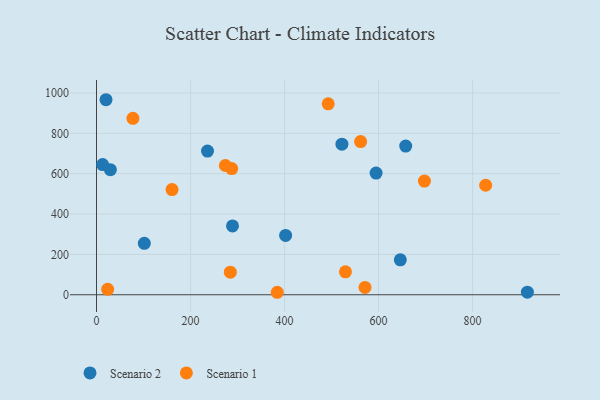
{"axis": {"x": "Distance", "y": "Rating"}, "legend": ["Scenario 1", "Scenario 2"], "data": [{"x": "657.8", "y": 737.0, "type": "Scenario 2"}, {"x": "289.3", "y": 341.3, "type": "Scenario 2"}, {"x": "916.6", "y": 12.9, "type": "Scenario 2"}, {"x": "236.1", "y": 712.3, "type": "Scenario 2"}, {"x": "29.5", "y": 619.8, "type": "Scenario 2"}, {"x": "13.0", "y": 645.2, "type": "Scenario 2"}, {"x": "522.1", "y": 746.5, "type": "Scenario 2"}, {"x": "594.7", "y": 603.2, "type": "Scenario 2"}, {"x": "20.2", "y": 966.7, "type": "Scenario 2"}, {"x": "402.3", "y": 294.0, "type": "Scenario 2"}, {"x": "646.3", "y": 172.9, "type": "Scenario 2"}, {"x": "101.7", "y": 254.7, "type": "Scenario 2"}, {"x": "284.7", "y": 112.0, "type": "Scenario 1"}, {"x": "529.6", "y": 113.6, "type": "Scenario 1"}, {"x": "23.7", "y": 26.8, "type": "Scenario 1"}, {"x": "571.2", "y": 36.5, "type": "Scenario 1"}, {"x": "77.5", "y": 874.7, "type": "Scenario 1"}, {"x": "160.7", "y": 521.2, "type": "Scenario 1"}, {"x": "274.1", "y": 640.8, "type": "Scenario 1"}, {"x": "827.9", "y": 542.9, "type": "Scenario 1"}, {"x": "697.6", "y": 563.7, "type": "Scenario 1"}, {"x": "492.9", "y": 946.3, "type": "Scenario 1"}, {"x": "287.6", "y": 625.6, "type": "Scenario 1"}, {"x": "384.5", "y": 12.3, "type": "Scenario 1"}, {"x": "561.8", "y": 759.5, "type": "Scenario 1"}]}